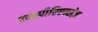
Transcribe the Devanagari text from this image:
एक्स्पीरिएन्सेज़